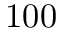
1 0 0